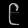
Digit: ၉